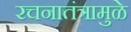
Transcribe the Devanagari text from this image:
रचनातंत्रामुळे